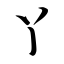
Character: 丫